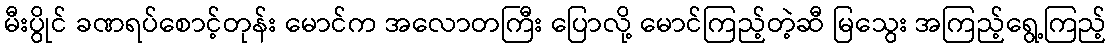
မီးပွိုင် ခဏရပ်စောင့်တုန်း မောင်က အလောတကြီး ပြောလို့ မောင်ကြည့်တဲ့ဆီ မြသွေး အကြည့်ရွေ့ကြည့်